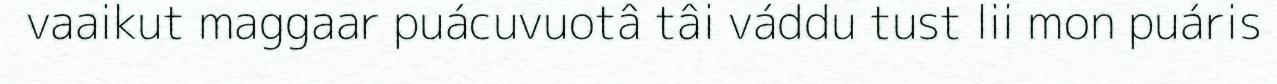
vaaikut maggaar puácuvuotâ tâi váddu tust lii mon puáris